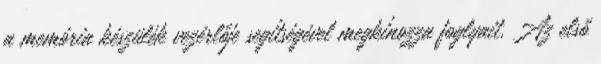
a memória készülék vezérlője segítségével megkínozza foglyait. Az első